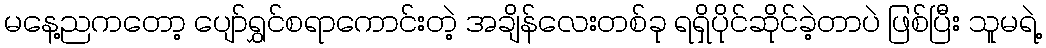
မနေ့ညကတော့ ပျော်ရွှင်စရာကောင်းတဲ့ အချိန်လေးတစ်ခု ရရှိပိုင်ဆိုင်ခဲ့တာပဲ ဖြစ်ပြီး သူမရဲ့